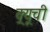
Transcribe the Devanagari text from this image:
क्र्यूची